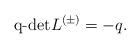
LaTeX: \begin{align*}\hbox{\rm q-det}L^{(\pm)}= -q. \end{align*}